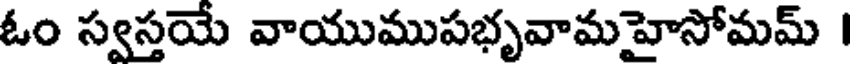
ఓం స్వస్తయే వాయుముపభృవామహైసోమమ్ I